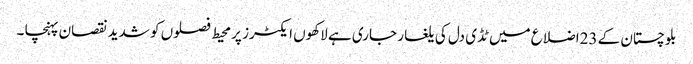
بلوچستان کے 23اضلاع میں ٹڈی دل کی یلغار جاری ہے لاکھوں ایکٹرز پر محیط فصلوں کو شدید نقصان پہنچا ۔